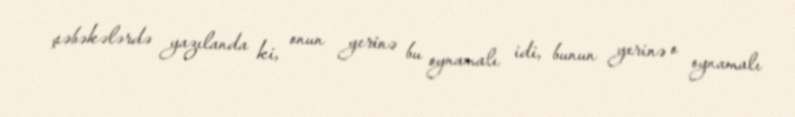
şəbəkələrdə yazılanda ki, onun yerinə bu oynamalı idi, bunun yerinə o oynamalı